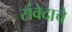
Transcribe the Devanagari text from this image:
संवेदाचे